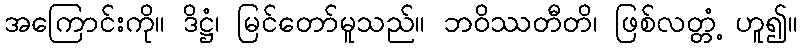
အကြောင်းကို။ ဒိဋ္ဌံ၊ မြင်တော်မူသည်။ ဘဝိဿတီတိ၊ ဖြစ်လတ္တံ့ ဟူ၍။